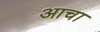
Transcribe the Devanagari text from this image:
आचा